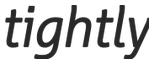
tightly